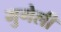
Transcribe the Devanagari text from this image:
मुगेली